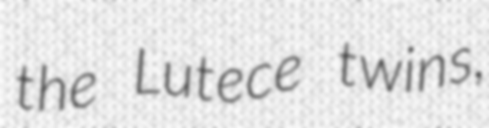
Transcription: the Lutece twins,